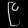
Digit: ၉